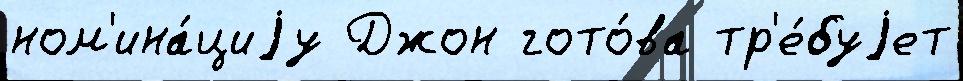
ном'ина́циjу Джон гото́ва тр'е́буjет